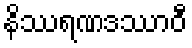
နိဿရဏဒဿာဝီ